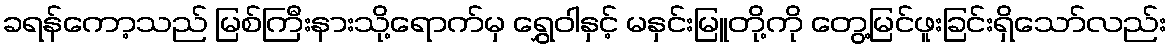
ခရန်ကော့သည် မြစ်ကြီးနားသို့ရောက်မှ ရွှေဝါနှင့် မနှင်းမြူတို့ကို တွေ့မြင်ဖူးခြင်းရှိသော်လည်း